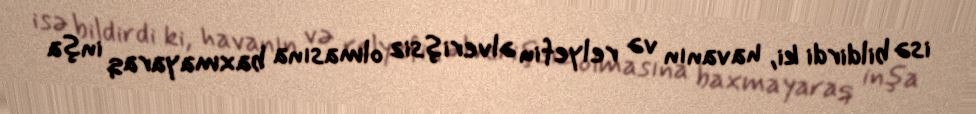
isə bildirdi ki, havanın və relyefin əlverişsiz olmasına baxmayaraq inşa